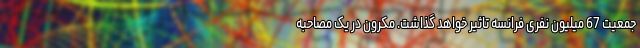
جمعیتِ 67 میلیون نفری فرانسه تاثیر خواهد گذاشت. مکرون در یک مصاحبه